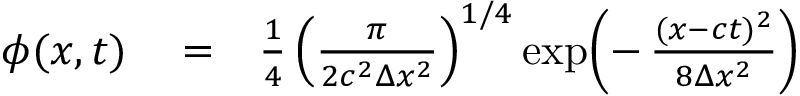
\begin{array} { r l r } { \phi ( x , t ) } & { { } = } & { \frac { 1 } { 4 } \left( \frac { \pi } { 2 c ^ { 2 } \Delta x ^ { 2 } } \right) ^ { 1 / 4 } \exp \! \left( - \, \frac { ( x - c t ) ^ { 2 } } { 8 \Delta x ^ { 2 } } \right) } \end{array}